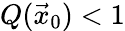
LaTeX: Q(\vec{x}_{0})<1